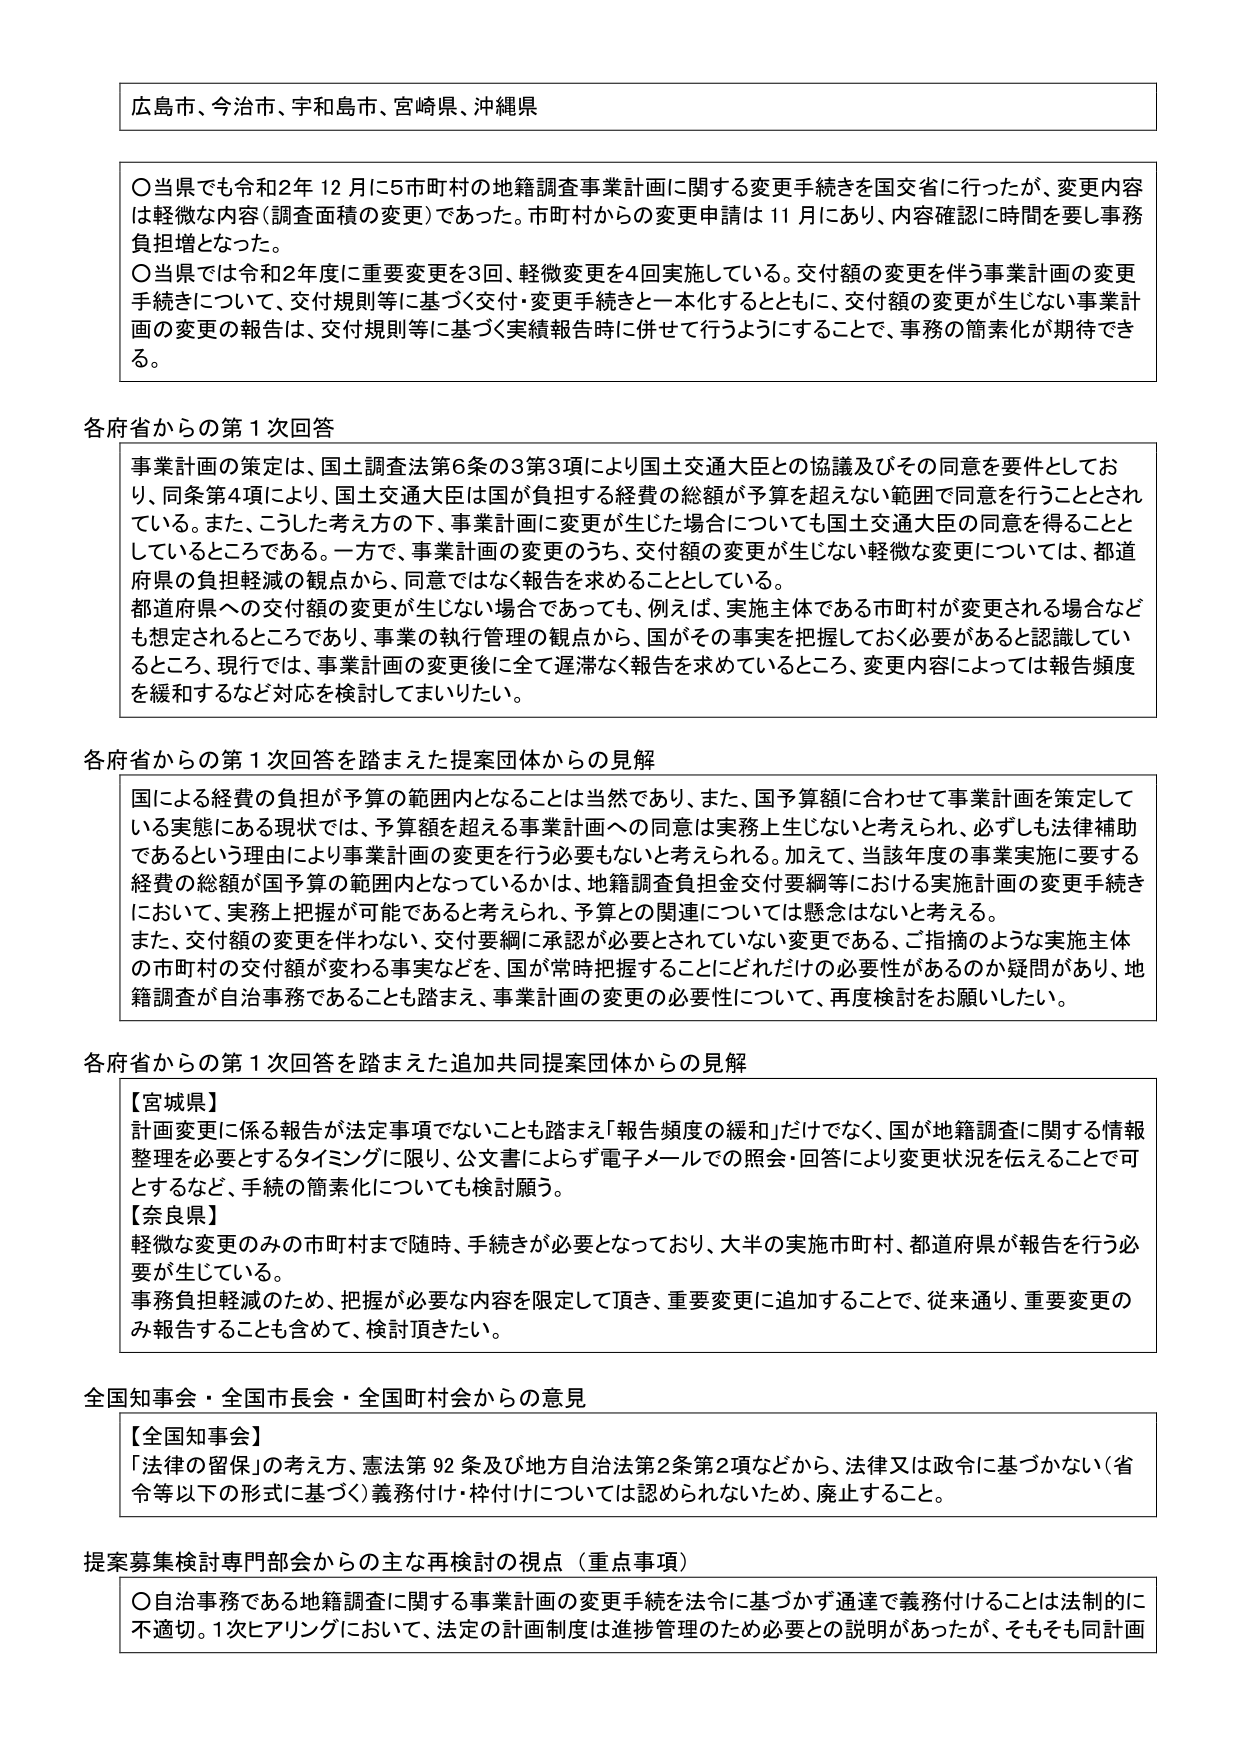
広島市、今治市、宇和島市、宮崎県、沖縄県

〇当県でも令和2年12月に5市町村の地籍調査事業計画に関する変更手続きを国交省に行ったが、変更内容は軽微な内容（調査面積の変更）であった。市町村からの変更申請は11月にあり、内容確認に時間を要し事務負担増となった。

〇当県では令和2年度に重要変更を3回、軽微変更を4回実施している。交付額の変更を伴う事業計画の変更手続きについて、交付規則等に基づく交付・変更手続きと一本化するとともに、交付額の変更が生じない事業計画の変更の報告は、交付規則等に基づく実績報告時に併せて行うようにすることで、事務の簡素化が期待できる。

各府省からの第1次回答

事業計画の策定は、国土調査法第6条の3第3項により国土交通大臣との協議及びその同意を要件としており、同条第4項により、国土交通大臣は国が負担する経費の総額が予算を超えない範囲で同意を行うこととされている。また、こうした考え方の下、事業計画に変更が生じた場合についても国土交通大臣の同意を得ることとしているところである。一方で、事業計画の変更のうち、交付額の変更が生じない軽微な変更については、都道府県の負担軽減の観点から、同意ではなく報告を求めることとしている。

都道府県への交付額の変更が生じない場合であっても、例えば、実施主体である市町村が変更される場合なども想定されるところであり、事業の執行管理の観点から、国がその事実を把握しておく必要があると認識しているところ、現行では、事業計画の変更後に全て遅滞なく報告を求めているところ、変更内容によっては報告頻度を緩和するなど対応を検討してまいりたい。

各府省からの第1次回答を踏まえた提案団体からの見解

国による経費の負担が予算の範囲内となることは当然であり、また、国予算額に合わせて事業計画を策定している実態にある現状では、予算額を超える事業計画への同意は実務上生じないと考えられ、必ずしも法律補助であるという理由により事業計画の変更を行う必要もないと考えられる。加えて、当該年度の事業実施に要する経費の総額が国予算の範囲内となっているかは、地籍調査負担金交付要綱等における実施計画の変更手続きにおいて、実務上把握が可能であると考えられ、予算との関連については懸念はないと考える。

また、交付額の変更を伴わない、交付要綱に承認が必要とされていない変更である、ご指摘のような実施主体の市町村の交付額が変わる事実などを、国が常時把握することにどれだけの必要性があるのか疑問があり、地籍調査が自治事務であることも踏まえ、事業計画の変更の必要性について、再度検討をお願いしたい。

各府省からの第1次回答を踏まえた追加共同提案団体からの見解

【宮城県】
計画変更に係る報告が法定事項でないことも踏まえ「報告頻度の緩和」だけでなく、国が地籍調査に関する情報整理を必要とするタイミングに限り、公文書によらず電子メールでの照会・回答により変更状況を伝えることで可とするなど、手続の簡素化についても検討願う。

【奈良県】
軽微な変更のみの市町村まで随時、手続きが必要となっており、大半の実施市町村、都道府県が報告を行う必要が生じている。
事務負担軽減のため、把握が必要な内容を限定して頂き、重要変更に追加することで、従来通り、重要変更のみ報告することも含めて、検討頂きたい。

全国知事会・全国市長会・全国町村会からの意見

【全国知事会】
「法律の留保」の考え方、憲法第92条及び地方自治法第2条第2項などから、法律又は政令に基づかない（省令等以下の形式に基づく）義務付け・枠付けについては認められないため、廃止すること。

提案募集検討専門部会からの主な再検討の視点（重点事項）

〇自治事務である地籍調査に関する事業計画の変更手続を法令に基づかず通達で義務付けることは法制的に不適切。1次ヒアリングにおいて、法定の計画制度は進捗管理のため必要との説明があったが、そもそも同計画